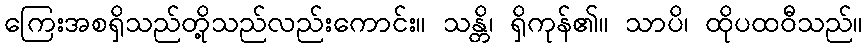
ကြေးအစရှိသည်တို့သည်လည်းကောင်း။ သန္တိ၊ ရှိကုန်၏။ သာပိ၊ ထိုပထဝီသည်။